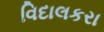
વિદાલકરા